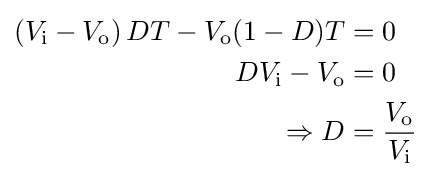
{\begin{aligned}\left(V_{\text{i}}-V_{\text{o}}\right)DT-V_{\text{o}}(1-D)T&=0\\DV_{\text{i}}-V_{\text{o}}&=0\\{}\Rightarrow D&={\frac {V_{\text{o}}}{V_{\text{i}}}}\end{aligned}}